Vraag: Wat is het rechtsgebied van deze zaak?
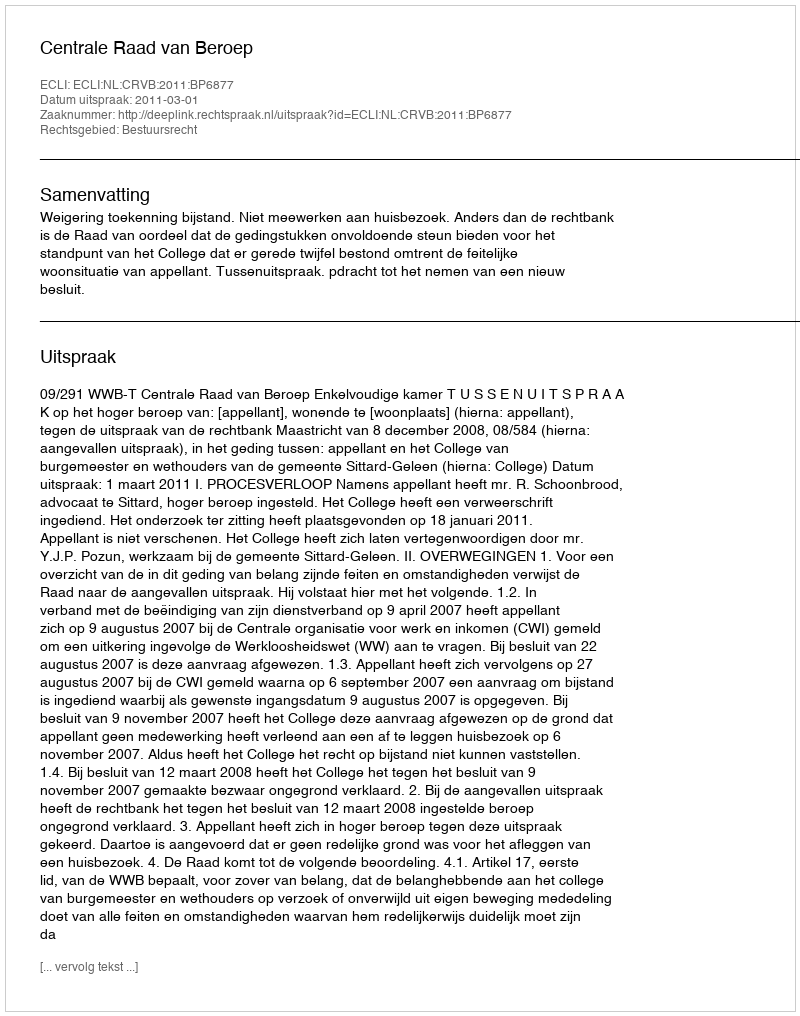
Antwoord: Bestuursrecht